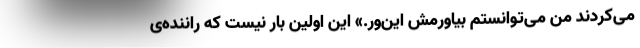
می‌کردند من می‌توانستم بیاورمش این‌ور.» این اولین بار نیست که راننده‌ی